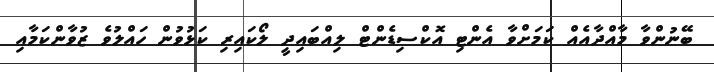
ބޭނުންވާ މާއްދާއެއް ކަމަށްވާ އެންޓި އޮކްސިޑެންޓް ލިއްބައިދީ ލޯކައިރި ކަޅުވުން ހައްލުވެ ޒުވާންކަމާއި